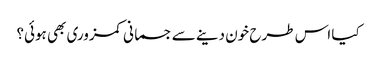
کیا اس طرح خون دینے سے جسمانی کمزوری بھی ہوئی؟